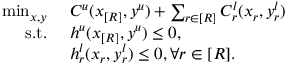
\begin{array} { r l } { \operatorname* { m i n } _ { x , y } \ } & { C ^ { u } ( x _ { [ R ] } , y ^ { u } ) + \sum _ { r \in [ R ] } C _ { r } ^ { l } ( x _ { r } , y _ { r } ^ { l } ) } \\ { \mathrm { s . t . } \ } & { h ^ { u } ( x _ { [ R ] } , y ^ { u } ) \leq 0 , } \\ & { h _ { r } ^ { l } ( x _ { r } , y _ { r } ^ { l } ) \leq 0 , \forall r \in [ R ] . } \end{array}